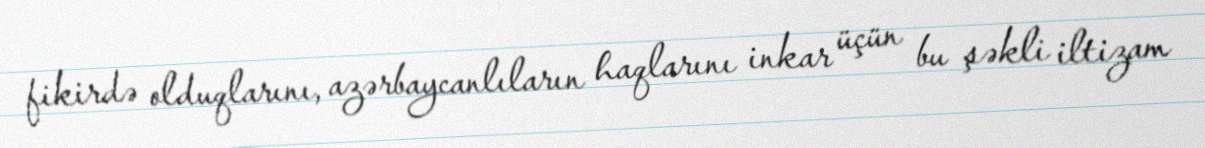
fikirdə olduqlarını, azərbaycanlıların haqlarını inkar üçün bu şəkli iltizam